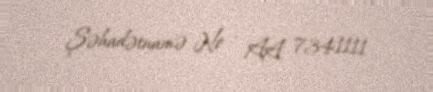
Şəhadətnamə № - AA 7341111